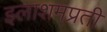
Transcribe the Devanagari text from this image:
इलाशमप्रती